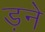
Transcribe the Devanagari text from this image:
ड़ने